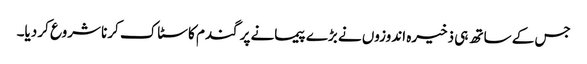
جس کے ساتھ ہی ذخیرہ اندوزوں نے بڑے پیمانے پر گندم کا سٹاک کرنا شروع کر دیا۔